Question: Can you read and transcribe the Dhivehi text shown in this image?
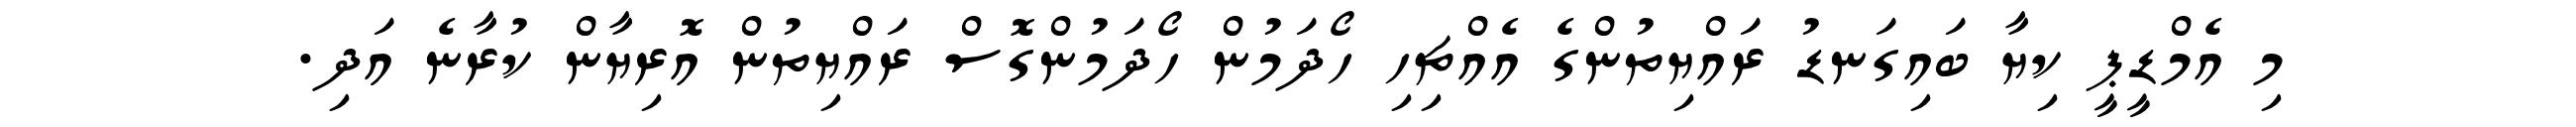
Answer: މި އެމްޑީޕީ ކިޔާ ބައިގަނޑު ރައްޔިތުންގެ އެއްޗިހި ހޯދަމުން ހޯދަމުންގޮސް ރައްޔިތުން އޮރިޔާން ކުރާނެ އަދި.